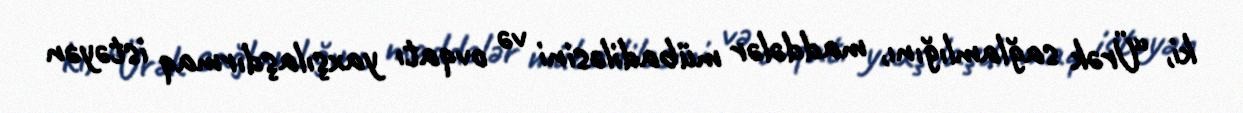
ki, “Ürək sağlamlığını, maddələr mübadiləsini və ovqatı yaxşılaşdırmaq istəyən